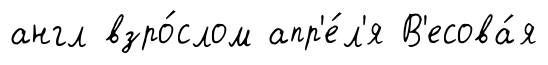
англ взро́слом апр'е́л'я В'есова́я